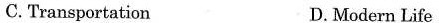
C. Transportation D. Modern Life